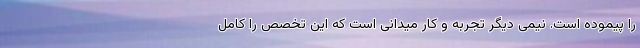
را پیموده است. نیمی دیگر تجربه و کار میدانی است که این تخصص را کامل